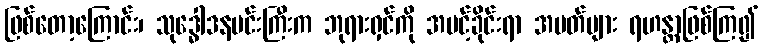
ဖြစ်တော့ကြောင်း၊ သုဒ္ဓေါဒနမင်းကြီးက ဘုရားရှင်ကို အပင့်ခိုင်းရာ အမတ်များ ရဟန္တာဖြစ်ကြ၍